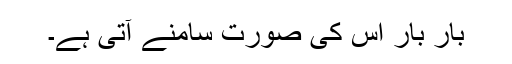
بار بار اس کی صورت سامنے آتی ہے۔